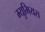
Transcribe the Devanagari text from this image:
म्युमियस